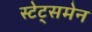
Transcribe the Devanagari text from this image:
स्‍टेट्समेन